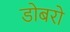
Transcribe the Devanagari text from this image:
डोबरो